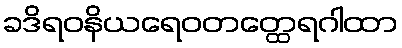
ခဒိရဝနိယရေဝတတ္ထေရဂါထာ